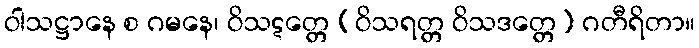
ဝါသဋ္ဌာနေ စ ဂမနေ၊ ဝိသဋတ္တေ [ဝိသရတ္တ ဝိသဒတ္တေ] ဂတီရိတာ။